Report of cholera committee
Disease focus: Cholera
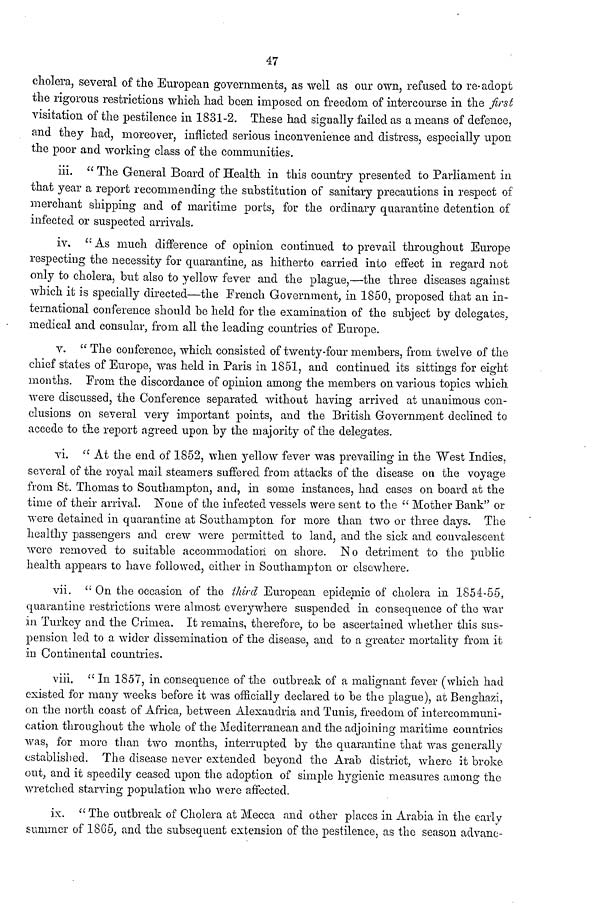
47
cholera, several of the European governments, as well as our own, refused to re-adopt
the rigorous restrictions which had been imposed on freedom of intercourse in the first
visitation of the pestilence in 1831-2. These had signally failed as a means of defence,
and they had, moreover, inflicted serious inconvenience and distress, especially upon
the poor and working class of the communities.
iii. " The General Board of Health in this country presented to Parliament in
that year a report recommending the substitution of sanitary precautions in respect of
merchant shipping and of maritime ports, for the ordinary quarantine detention of
infected or suspected arrivals.
iv, "As much difference of opinion continued to prevail throughout Europe
respecting the necessity for quarantine, as hitherto carried into effect in regard not
only to cholera, but also to yellow fever and the plague,—the three diseases against
which it is specially directed—the French Government, in 1850, proposed that an in-
ternational conference should bo held for the examination of the subject by delegates,
medical and consular, from all the leading countries of Europe.
v. " The conference, which consisted of twenty-four members, from twelve of the
chief states of Europe, was held in Paris in 1851, and continued its sittings for eight
months. From the discordance of opinion among the members on various topics which
were discussed, the Conference separated without having arrived at unanimous con-
clusions on several very important points, and the British Government declined to
accede to the report agreed upon by the majority of the delegates.
vi. " At the end of 1852, when yellow fever was prevailing in the West Indies,
several of the royal mail steamers suffered from attacks of the disease on the voyage
from St. Thomas to Southampton, and, in some instances, had cases on board at the
time of their arrival. None of the infected vessels were sent to the " Mother Bank" or
were detained in quarantine at Southampton for more than two or three days. The
healthy passengers and crew were permitted to land, and the sick and convalescent
were removed to suitable accommodation on shore. No detriment to the public
health appears to have followed, either in Southampton or elsewhere.
vii. " On the occasion of the third European epidemic of cholera in 1854-55,
quarantine restrictions were almost everywhere suspended in consequence of the war
in Turkey and the Crimea. It remains, therefore, to be ascertained whether this sus-
pension led to a wider dissemination of the disease, and to a greater mortality from it
in Continental countries.
viii. " In 1857, in consequence of the outbreak of a malignant fever (which had
existed for many weeks before it was officially declared to be the plague), at Benghazi,
on the north coast of Africa, between Alexandria and Tunis, freedom of intercommuni-
cation throughout the whole of the Mediterranean and the adjoining maritime countries
was, for more than two months, interrupted by the quarantine that was generally
established. The disease never extended beyond the Arab district, where it broke
out, and it speedily ceased upon the adoption of simple hygienic measures among the
wretched starving population who were affected.
ix. " The outbreak of Cholera at Mecca and other places in Arabia in the early
summer of 1865, and the subsequent extension of the pestilence, as the season advanc-